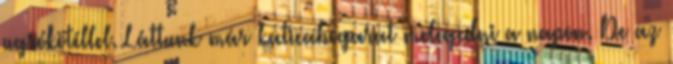
ugrókötéllel. Láttunk már katicabogarat melegedni a napon. De az